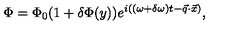
\Phi = \Phi _ { 0 } ( 1 + \delta \Phi ( y ) ) e ^ { i \left( ( \omega + \delta \omega ) t - \vec { q } \cdot \vec { x } \right) } ,